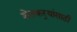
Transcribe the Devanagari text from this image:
शेतकर्‍यांसाठी